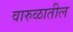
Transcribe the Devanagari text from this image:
वारुळातील